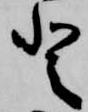
登